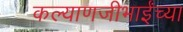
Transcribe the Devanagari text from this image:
कल्याणजीभाईंच्या